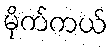
မိုက်ကယ်